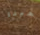
يحبنا